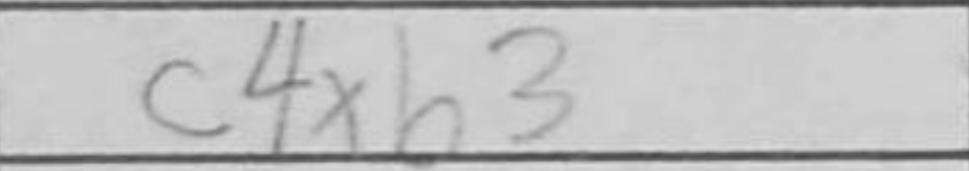
Transcription: c4xb3